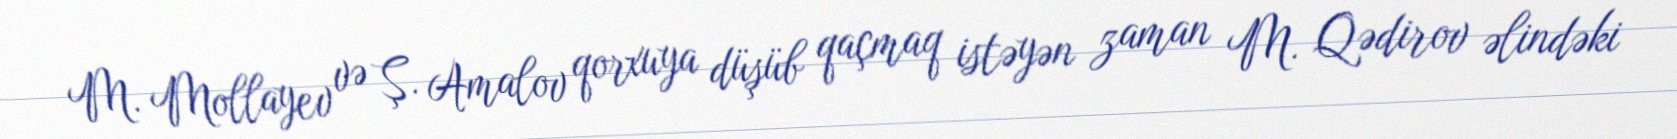
M. Mollayev və Ş. Amalov qorxuya düşüb qaçmaq istəyən zaman M. Qədirov əlindəki